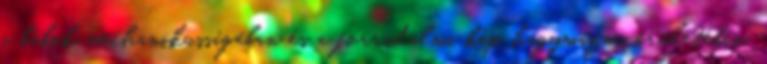
a bábok mechanikusságában és a forradalmi kép hagymázos őrületében.